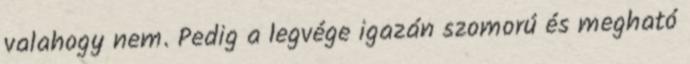
valahogy nem. Pedig a legvége igazán szomorú és megható